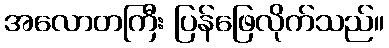
အလောတကြီး ပြန်ဖြေလိုက်သည်။